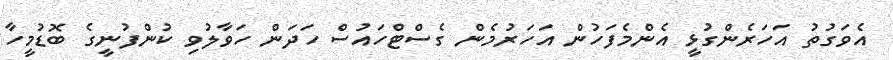
އެވަގުތު އަހަރެންގުޅީ އެންމެފަހުން އަހަރުމެން ގެސްޓްހައުސް ހަދަން ހަވާލުވި ކުންފުނީގެ ބޮޑުމީހާ